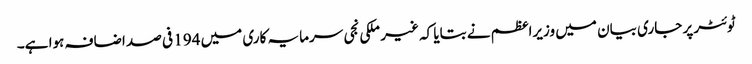
ٹوئٹر پر جاری بیان میں وزیراعظم نے بتایا کہ غیر ملکی نجی سرمایہ کاری میں 194 فی صد اضافہ ہوا ہے۔